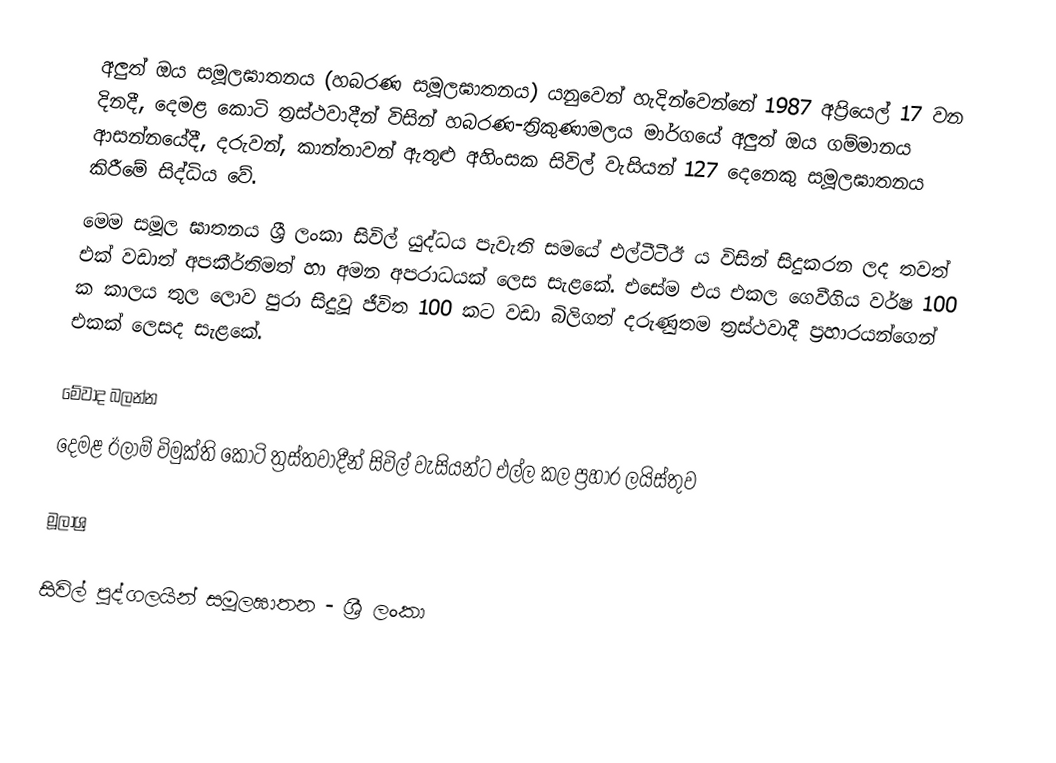
අලුත් ඔය සමූලඝාතනය (හබරණ සමූලඝාතනය) යනුවෙන් හැදින්වෙන්නේ 1987 අප්‍රියෙල් 17 වන දිනදී, දෙමළ කොටි ත්‍රස්ථවාදීන් විසින් හබරණ-ත්‍රිකුණාමලය මාර්ගයේ අලුත් ඔය ගම්මානය ආසන්නයේදී,  දරුවන්, කාන්තාවන් ඇතුළු අහිංසක සිවිල් වැසියන් 127 දෙනෙකු සමූලඝාතනය කිරීමේ සිද්ධිය වේ.
මෙම සමූල ඝාතනය ශ්‍රී ලංකා සිවිල් යුද්ධය පැවැති සමයේ එල්ටීටීඊ ය විසින් සිදුකරන ලද තවත් එක් වඩාත් අපකීර්තිමත් හා අමන අපරාධයක් ලෙස සැළකේ. එසේම එය එකල ගෙවීගිය වර්ෂ 100 ක කාලය තුල ලොව පුරා සිදුවූ ජීවිත 100 කට වඩා බිලිගත් දරුණුතම ත්‍රස්ථවාදී ප්‍රහාරයන්ගෙන් එකක් ලෙසද සැළකේ.

මේවාද බලන්න
 දෙමළ ඊලාම් විමුක්ති කොටි ත්‍රස්තවාදීන් සිවිල් වැසියන්ට එල්ල කල ප්‍රහාර ලයිස්තුව

මූලාශ්‍ර

සිවිල් පුද්ගලයින් සමූලඝාතන - ශ්‍රී ලංකා